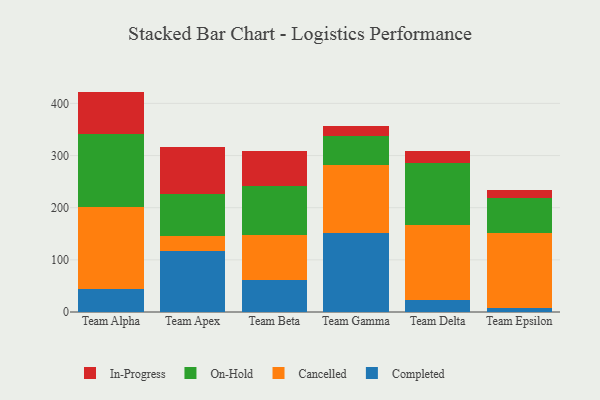
{"axis": {"x": "Team", "y": "Energy Usage (MWh)"}, "legend": ["Cancelled", "Completed", "In-Progress", "On-Hold"], "data": [{"x": "Team Alpha", "y": 44.0, "type": "Completed"}, {"x": "Team Alpha", "y": 157.1, "type": "Cancelled"}, {"x": "Team Alpha", "y": 139.9, "type": "On-Hold"}, {"x": "Team Alpha", "y": 81.6, "type": "In-Progress"}, {"x": "Team Apex", "y": 117.8, "type": "Completed"}, {"x": "Team Apex", "y": 28.6, "type": "Cancelled"}, {"x": "Team Apex", "y": 79.9, "type": "On-Hold"}, {"x": "Team Apex", "y": 89.7, "type": "In-Progress"}, {"x": "Team Beta", "y": 60.5, "type": "Completed"}, {"x": "Team Beta", "y": 86.4, "type": "Cancelled"}, {"x": "Team Beta", "y": 94.0, "type": "On-Hold"}, {"x": "Team Beta", "y": 67.5, "type": "In-Progress"}, {"x": "Team Gamma", "y": 150.8, "type": "Completed"}, {"x": "Team Gamma", "y": 131.2, "type": "Cancelled"}, {"x": "Team Gamma", "y": 56.0, "type": "On-Hold"}, {"x": "Team Gamma", "y": 18.3, "type": "In-Progress"}, {"x": "Team Delta", "y": 22.5, "type": "Completed"}, {"x": "Team Delta", "y": 143.4, "type": "Cancelled"}, {"x": "Team Delta", "y": 119.0, "type": "On-Hold"}, {"x": "Team Delta", "y": 24.3, "type": "In-Progress"}, {"x": "Team Epsilon", "y": 7.2, "type": "Completed"}, {"x": "Team Epsilon", "y": 144.9, "type": "Cancelled"}, {"x": "Team Epsilon", "y": 66.9, "type": "On-Hold"}, {"x": "Team Epsilon", "y": 15.2, "type": "In-Progress"}]}